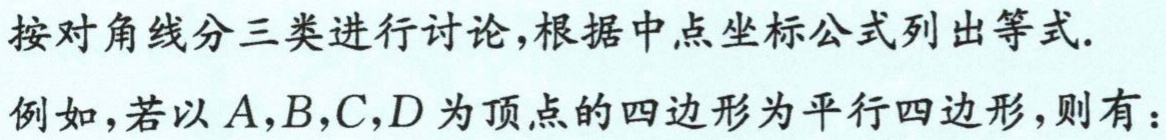
按对角线分三类进行讨论,根据中点坐标公式列出等式.
例如,若以\(A,B,C,D\)为顶点的四边形为平行四边形,则有：